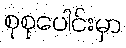
စုစုပေါင်းမှာ